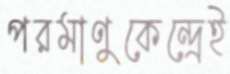
পরমাণুকেন্দ্রেই